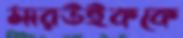
মারউইককে